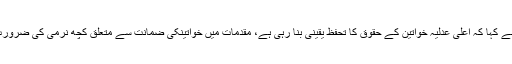
انہوں نے کہا کہ اعلی عدلیہ خواتین کے حقوق کا تحفظ یقینی بنا رہی ہے، مقدمات میں خواتینکی ضمانت سے متعلق کچھ نرمی کی ضرورت ہے۔